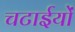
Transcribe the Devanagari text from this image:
चटाईयों